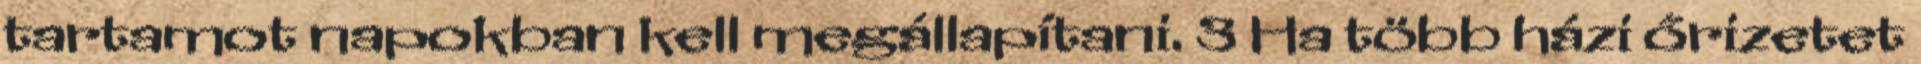
tartamot napokban kell megállapítani. 3 Ha több házi őrizetet